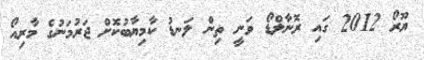
ޔޫރޯ 2012 ގައި ރޮނާލްޑޯ ވަނީ ތިން ލަނޑު ކާމިޔާބުކޮށް ޖަރުމަނުގެ މާރިއޯ